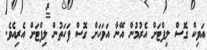
އަވިކް ގޮސް ލިފްޓަށް އެރުމުން އޭނާ އަވަހަށް ގޮސް ފަހަތުން ލިފްޓަށް އެރިއެވެ.